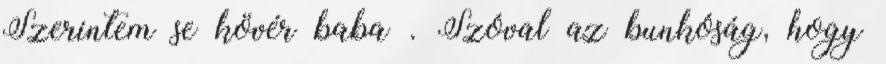
Szerintem se kövér baba . Szóval az bunkóság, hogy